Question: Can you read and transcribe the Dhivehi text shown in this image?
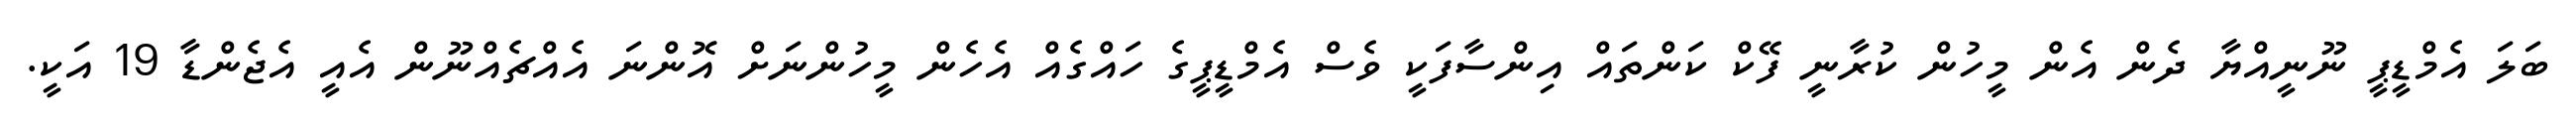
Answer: ބަލަ އެމްޑީޕީ ނޫނީއްޔާ ދެން އެން މީހުން ކުރާނީ ފޭކް ކަންތައް އިންސާފަކީ ވެސް އެމްޑީޕީގެ ހައްގެއް އެހެން މީހުންނަށް އޮންނަ އެއްޗެއްނޫން އެއީ އެޖެންޑާ 19 އަކީ.